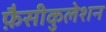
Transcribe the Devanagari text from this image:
फ़ैसीकुलेशन